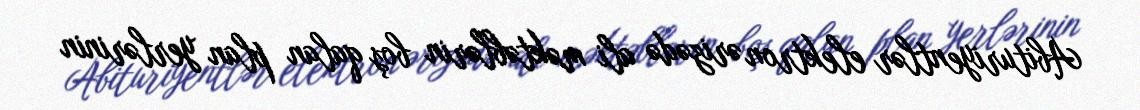
Abituriyentlər elektron ərizədə ali məktəblərin boş qalan plan yerlərinin